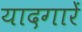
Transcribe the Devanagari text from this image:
यादगारें